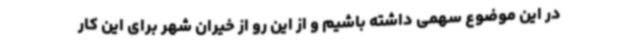
در این موضوع سهمی داشته باشیم و از این رو از خیران شهر برای این کار